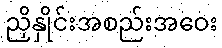
ညှိနှိုင်းအစည်းအဝေး